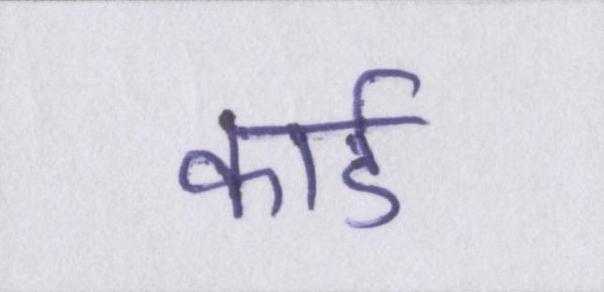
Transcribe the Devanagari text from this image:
कार्ड